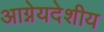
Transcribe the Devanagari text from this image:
आग्नेयदेशीय